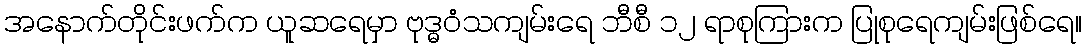
အနောက်တိုင်းဖက်က ယူဆရေမှာ ဗုဒ္ဓဝံသကျမ်းရေ ဘီစီ ၁၂ ရာစုကြားက ပြုစုရေကျမ်းဖြစ်ရေ။